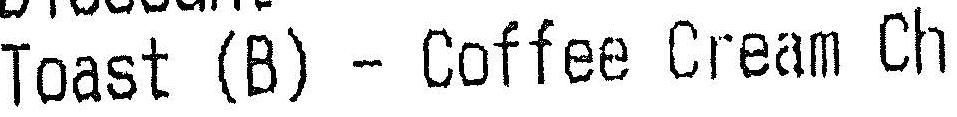
TOAST (B) - COFFEE CREAM CH